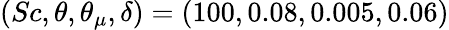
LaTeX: (Sc,\theta,\theta_{\mu},\delta)=(100,0.08,0.005,0.06)